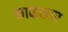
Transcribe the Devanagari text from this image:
काकसार